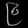
Digit: ၉